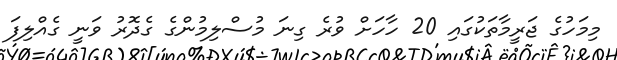
މިމަހުގެ ޖަރީމާތަކުގައި 20 ހާހަށް ވުރެ ގިނަ މުސްލިމުންގެ ގެދޮރު ވަނީ ގެއްލިފަ